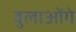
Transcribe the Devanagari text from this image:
बुलाओंगे